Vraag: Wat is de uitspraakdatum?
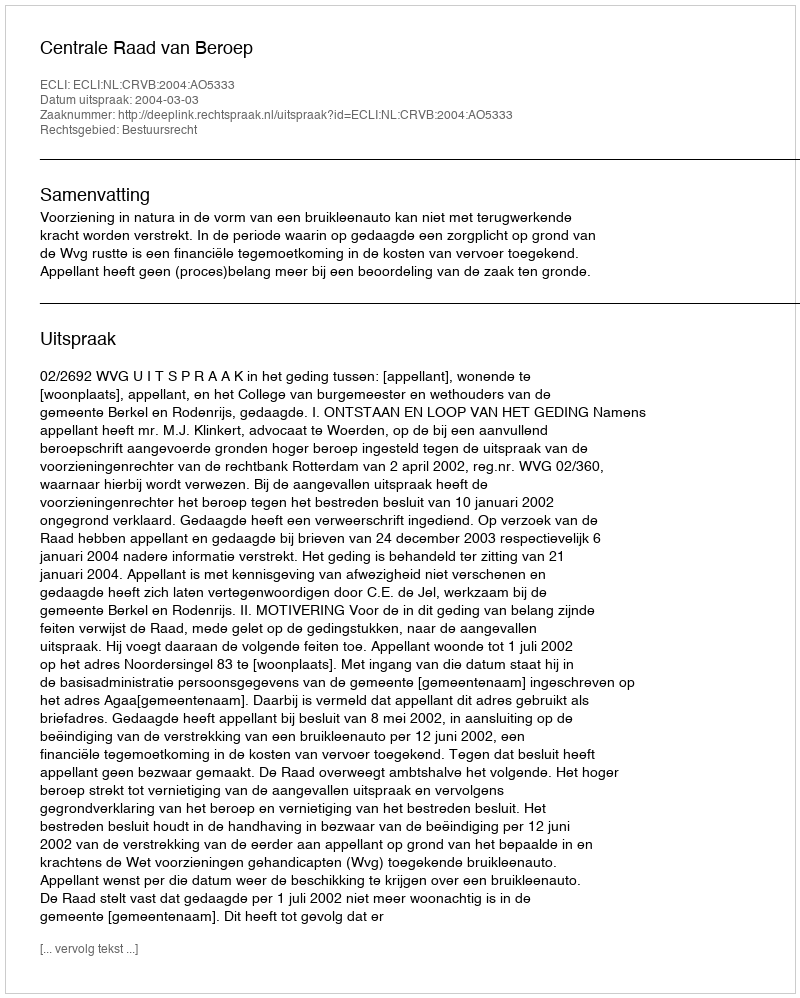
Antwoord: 2004-03-03